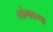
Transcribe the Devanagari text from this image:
व्यंगकथा